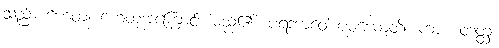
သည်။ ဟေတု၊ ဟေတုအကြောင်း မည်၏။ ပရဘာဝေါ ပစ္စယောတိ၊ ကား။ တတ္ထ၊